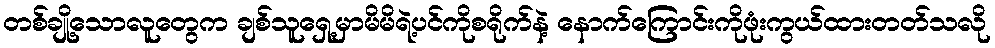
တစ်ချို့သောလူတွေက ချစ်သူရှေ့မှာမိမိရဲ့ပင်ကိုစရိုက်နဲ့ နောက်ကြောင်းကိုဖုံးကွယ်ထားတတ်သလို